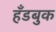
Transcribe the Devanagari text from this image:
हँडबुक